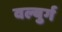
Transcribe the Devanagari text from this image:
वल्बुर्ग